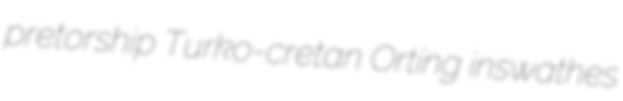
pretorship Turko-cretan Orting inswathes